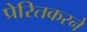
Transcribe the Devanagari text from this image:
प्रेरितकरने